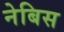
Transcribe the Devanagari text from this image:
नेबिस